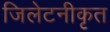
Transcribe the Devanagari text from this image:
जिलेटनीकृत